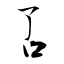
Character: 叾